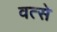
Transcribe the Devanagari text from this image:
वत्से